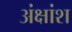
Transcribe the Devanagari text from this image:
अंक्षांश